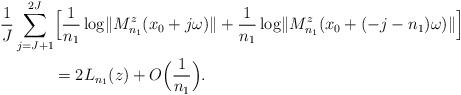
LaTeX: \begin{align*} \frac{1}{J} \sum_{j=J+1}^{2J} & \Big [ \frac{1}{n_{1}} \log \lVert M^{z}_{n_{1}}(x_{0}+j \omega)\rVert + \frac{1}{n_{1}} \log \lVert M^{z}_{n_{1}}(x_{0}+(-j-n_{1}) \omega)\rVert \Big ]\\ &= 2L_{n_{1}}(z) + O \Big ( \frac{1}{n_{1}} \Big). \end{align*}